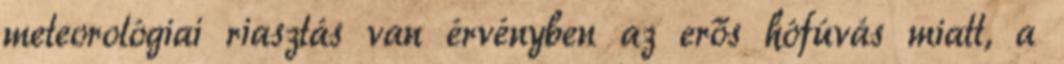
meteorológiai riasztás van érvényben az erős hófúvás miatt, a